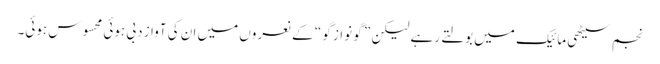
نجم سیٹھی مائیک میں بولتے رہے لیکن ” گو نواز گو “ کے نعروں میں ان کی آواز دبی ہوئی محسوس ہوئی۔